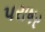
પરાષર